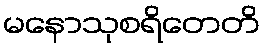
မနောသုစရိတေတိ